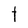
Character: t